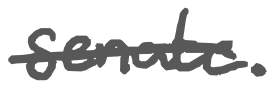
Text: senate.
Cross-out: single-line
Writing tool: digital_gray